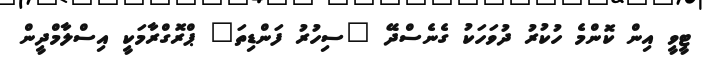
ޓީވީ އިން ކޮންމެ ހުކުރު ދުވަހަކު ގެނެސްދޭ "ސިހުރު ފަންޑިތަ" ޕްރޮގްރާމަކީ އިސްލާމްދީން